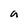
Character: a